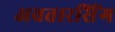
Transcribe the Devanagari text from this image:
अवतारसिंग